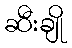
ဆီးချို